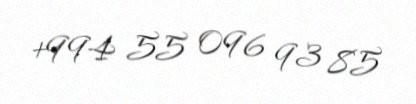
+994 55 096 93 85